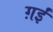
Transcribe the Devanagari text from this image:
ग़ईं